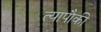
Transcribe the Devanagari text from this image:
त्यापौकी